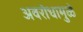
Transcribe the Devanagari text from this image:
अवरोधामुळे